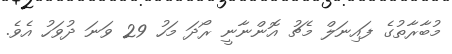
މުބާރާތުގެ ފައިނަލް މެޗު އޮންނާނީ ރޯދަ މަހު 29 ވަނަ ދުވަހު އެވެ.